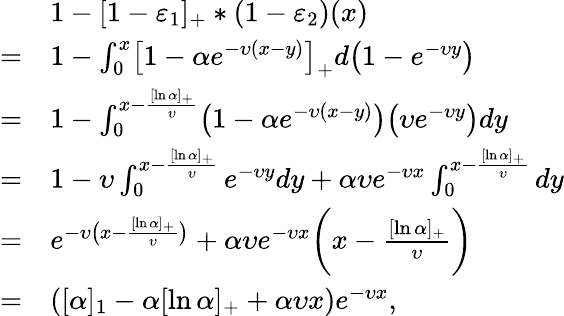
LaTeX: \begin{array}{rl}&{1-[1-\varepsilon_{1}]_{+}\ast(1-\varepsilon_{2})(x)}\\ {=}&{1-\int_{0}^{x}\bigl[1-\alpha e^{-\upsilon(x-y)}\bigr]_{+}d\bigl(1-e^{-\upsilon y}\bigr)}\\ {=}&{1-\int_{0}^{x-\frac{[\ln\alpha]_{+}}{\upsilon}}\bigl(1-\alpha e^{-\upsilon(x-y)}\bigr)\bigl(\upsilon e^{-\upsilon y}\bigr)dy}\\ {=}&{1-\upsilon\int_{0}^{x-\frac{[\ln\alpha]_{+}}{\upsilon}}e^{-\upsilon y}dy+\alpha\upsilon e^{-\upsilon x}\int_{0}^{x-\frac{[\ln\alpha]_{+}}{\upsilon}}dy}\\ {=}&{e^{-\upsilon\bigl(x-\frac{[\ln\alpha]_{+}}{\upsilon}\bigr)}+\alpha\upsilon e^{-\upsilon x}\biggl(x-\frac{[\ln\alpha]_{+}}{\upsilon}\biggr)}\\ {=}&{([\alpha]_{1}-\alpha[\ln\alpha]_{+}+\alpha\upsilon x)e^{-\upsilon x},}\end{array}